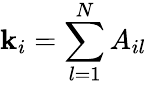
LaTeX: \mathbf{k}_{i}=\sum_{l=1}^{N}A_{il}